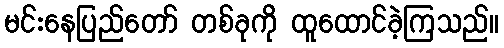
မင်းနေပြည်တော် တစ်ခုကို ထူထောင်ခဲ့ကြသည်။